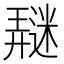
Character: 𰻖